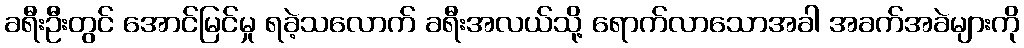
ခရီးဦးတွင် အောင်မြင်မှု ရခဲ့သလောက် ခရီးအလယ်သို့ ရောက်လာသောအခါ အခက်အခဲများကို